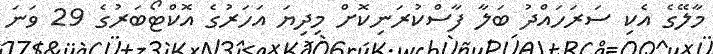
މާލޭގެ އެކި ސަރަހައްދު ބަލާ ފާސްކުރަނިކޮށް މިދިޔަ އަހަރުގެ އޮކްޓޯބަރުގެ 29 ވަނަ